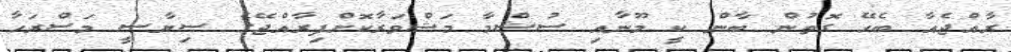
ރާއްޖެއާ ބެހޭ ގޮތުން ބާން ކީ މޫނާއި ސުޝްމާ މަޝްވަރާކޮށްފިރާއްޖޭގެ ސިޔާސީ މަސްރަހާ